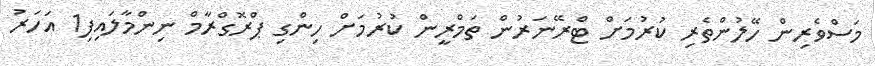
މަސްވެރިން ހޭލުންތެރި ކުރުމަށް ޓްރޭނަރުން ތަމްރީން ކުރުމަށް ހިންގި ޕްރޮގްރާމް ނިންމާލައިފި1 އަހަރު